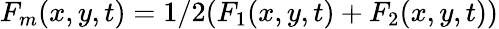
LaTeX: F_{m}(x,y,t)=1/2(F_{1}(x,y,t)+F_{2}(x,y,t))